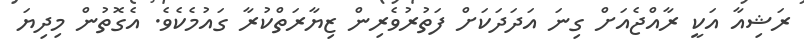
ރަޝިއާ އަކީ ރާއްޖެއަށް ގިނަ އަދަދަކަށް ފަތުރުވެރިން ޒިޔާރަތްކުރާ ގައުމެކެވެ. އެގޮތުން މިދިޔަ